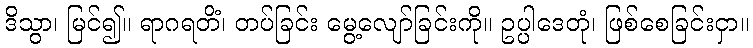
ဒိသွာ၊ မြင်၍။ ရာဂရတိံ၊ တပ်ခြင်း မွေ့လျော်ခြင်းကို။ ဥပ္ပါဒေတုံ၊ ဖြစ်စေခြင်းငှာ။